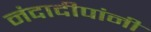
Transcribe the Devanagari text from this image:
नंदादीपांनी